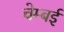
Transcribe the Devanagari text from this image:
चेम्बई